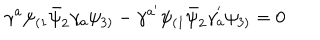
\gamma ^ { a } \psi _ { ( 1 } \bar { \psi } _ { 2 } \gamma _ { a } \psi _ { 3 ) } - \gamma ^ { a ^ { \prime } } \psi _ { ( 1 } \bar { \psi } _ { 2 } \gamma _ { a } ^ { ' } \psi _ { 3 ) } = 0